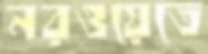
নরওয়েতে